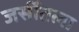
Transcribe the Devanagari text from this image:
जर्सीतला